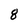
Character: 8